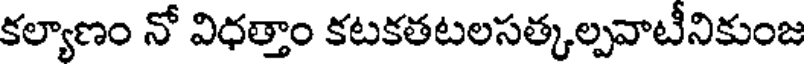
కల్యాణం నో విధత్తాం కటకతటలసత్కల్పవాటీనికుంజ